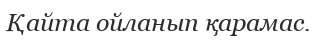
Қайта ойланып қарамас.